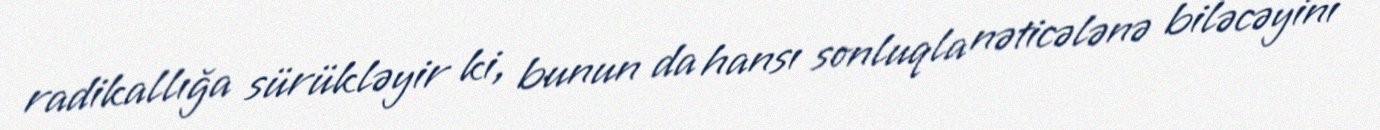
radikallığa sürükləyir ki, bunun da hansı sonluqla nəticələnə biləcəyini